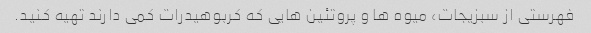
فهرستی از سبزیجات، میوه ها و پروتئین هایی که کربوهیدرات کمی دارند تهیه کنید.